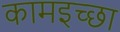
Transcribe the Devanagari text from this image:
कामइच्‍छा